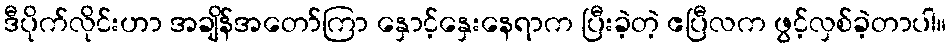
ဒီပိုက်လိုင်းဟာ အချိန်အတော်ကြာ နှောင့်နှေးနေရာက ပြီးခဲ့တဲ့ ဧပြီလက ဖွင့်လှစ်ခဲ့တာပါ။